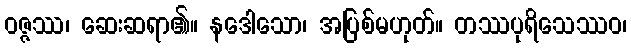
ဝဇ္ဇဿ၊ ဆေးဆရာ၏။ နဒေါသော၊ အပြစ်မဟုတ်။ တဿပုရိသေဿဝ၊